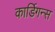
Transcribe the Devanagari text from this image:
कार्डिगन्स